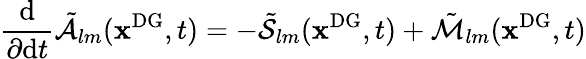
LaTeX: \frac{\mathrm{d}}{\partial\mathrm{d}t}\tilde{\mathcal{A}}_{lm}(\mathbf{x}^{\mathrm{{DG}}},t)=-\tilde{\mathcal{S}}_{lm}(\mathbf{x}^{\mathrm{{DG}}},t)+\tilde{\mathcal{M}}_{lm}(\mathbf{x}^{\mathrm{{DG}}},t)